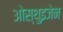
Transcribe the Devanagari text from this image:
ओस्थुइजेन